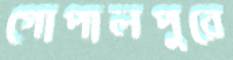
গোপালপুরে